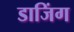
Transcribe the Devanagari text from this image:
डाजिंग